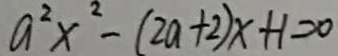
a ^ { 2 } x ^ { 2 } - ( 2 a + 2 ) x + 1 = 0